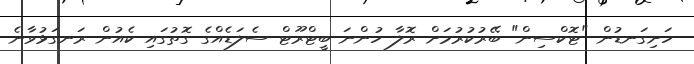
ހަށިގަނޑުން "ޓޮކްސިން" ބޭރުކުރުމަށް ރޮލާ ހުންނަ ބީޓްރޫޓް ސެލަޑެއްގެ ގޮތުގައި ކެއުން ރަނގަޅުވާނެ